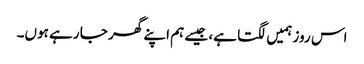
اس روز ہمیں لگتا ہے، جیسے ہم اپنے گھر جا رہے ہوں۔